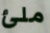
ملئ